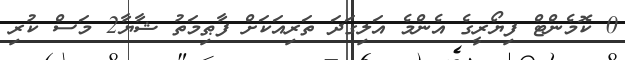
0 ކޮމެންޓް ފިޔޯރީގެ އެންމެ އަލިގަދަ ތަރިއަކަށް ފާޠިމަތު ޝާޔާ2 މަސް ކުރި